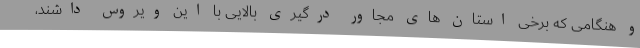
و هنگامی که برخی استان های مجاور درگیری بالایی با این ویروس داشند،